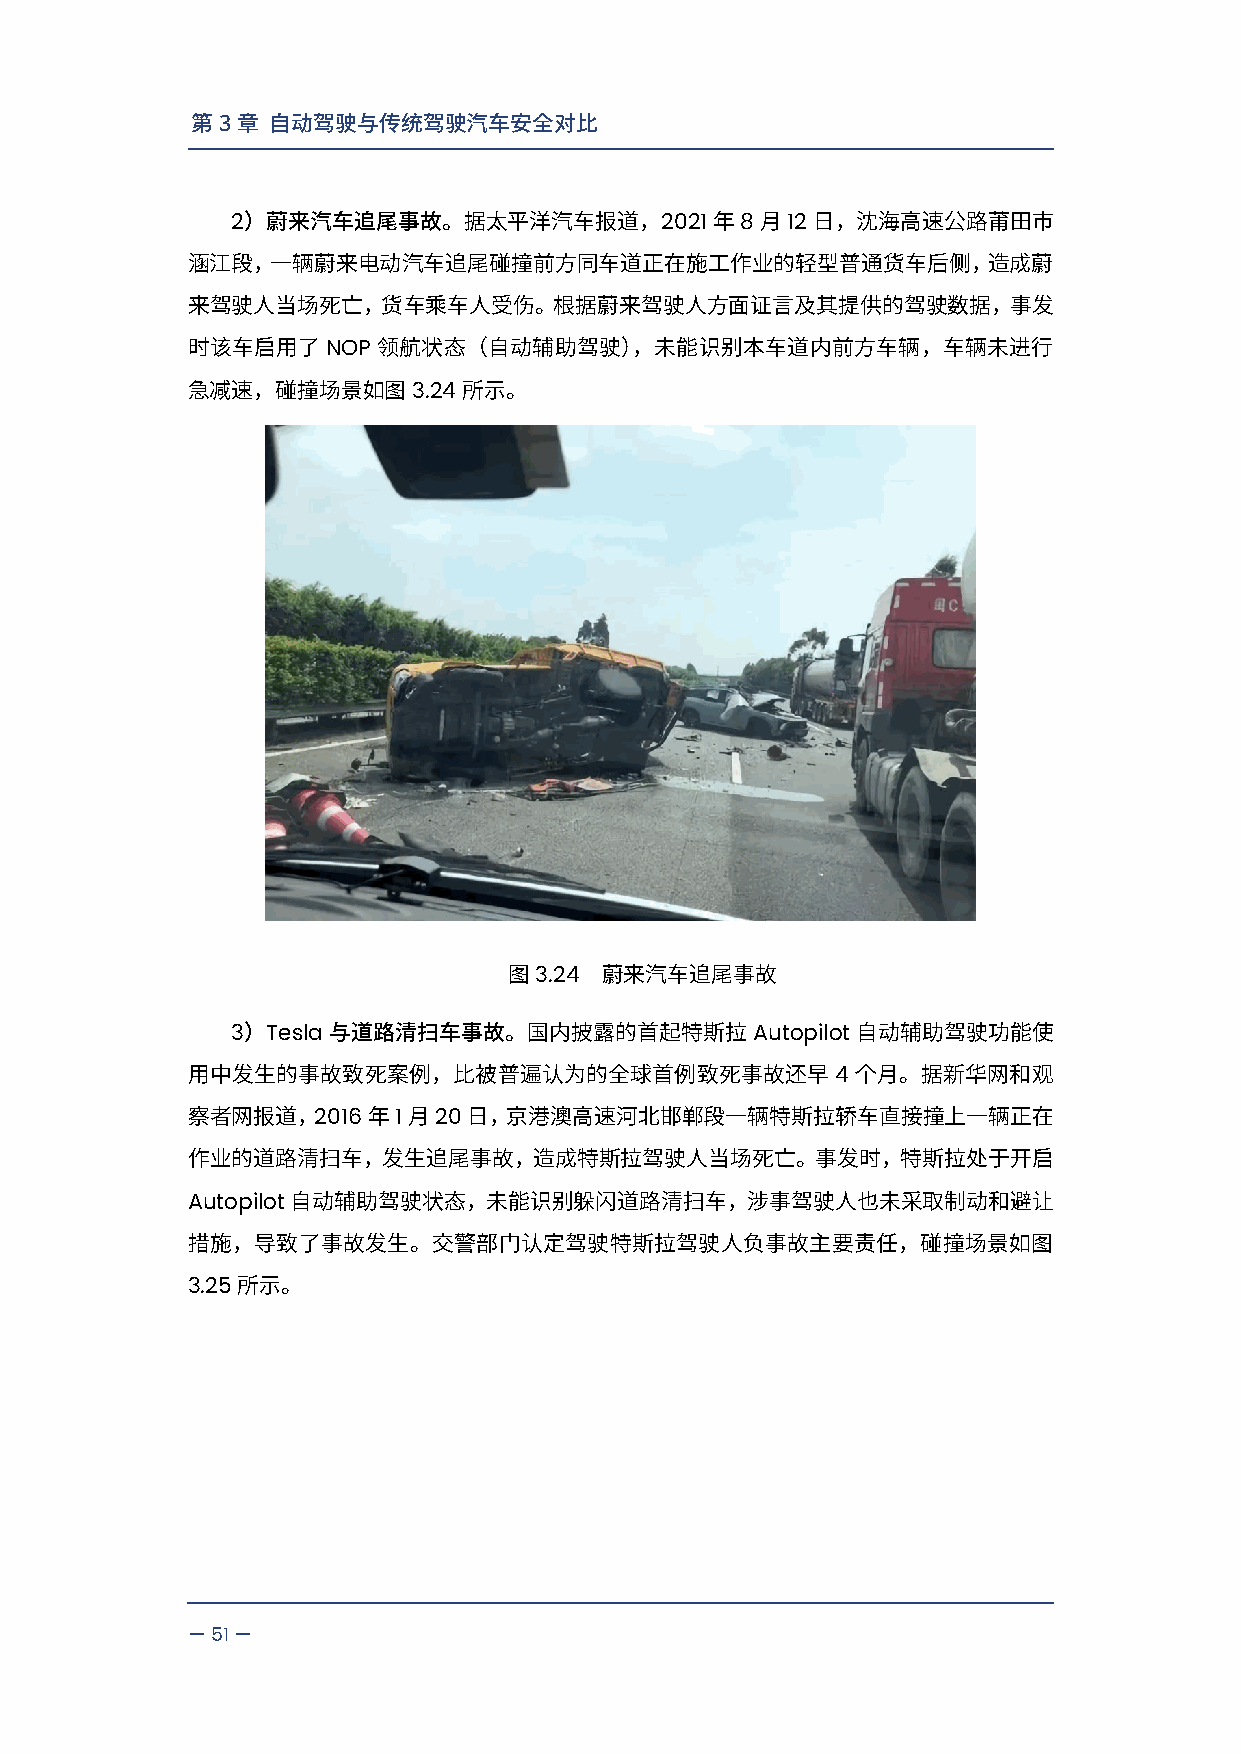
第3章  自动驾驶与传统驾驶汽车安全对比
 2                            2021 8  12
 ）蔚来汽车追尾事故。据太平洋汽车报道，            年  月   日，沈海高速公路莆田市
 涵江段，一辆蔚来电动汽车追尾碰撞前方同车道正在施工作业的轻型普通货车后侧，造成蔚
 来驾驶人当场死亡，货车乘车人受伤。根据蔚来驾驶人方面证言及其提供的驾驶数据，事发
 NOP
 时该车启用了       领航状态（自动辅助驾驶），未能识别本车道内前方车辆，车辆未进行
 3.24
 急减速，碰撞场景如图         所示。
 3.24
 图     蔚来汽车追尾事故
 3  Tesla                           Autopilot
 ）     与道路清扫车事故。国内披露的首起特斯拉                自动辅助驾驶功能使
 4
 用中发生的事故致死案例，比被普遍认为的全球首例致死事故还早                个月。据新华网和观
 2016 1  20
 察者网报道，      年  月   日，京港澳高速河北邯郸段一辆特斯拉轿车直接撞上一辆正在
 作业的道路清扫车，发生追尾事故，造成特斯拉驾驶人当场死亡。事发时，特斯拉处于开启
 Autopilot
 自动辅助驾驶状态，未能识别躲闪道路清扫车，涉事驾驶人也未采取制动和避让
 措施，导致了事故发生。交警部门认定驾驶特斯拉驾驶人负事故主要责任，碰撞场景如图
 3.25
 所示。
 —51—